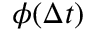
\phi ( \Delta t )